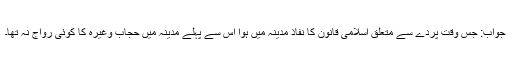
جواب: جس وقت پردے سے متعلق اسلامی قانون کا نفاذ مدینہ میں ہوا اس سے پہلے مدینہ میں حجاب وغیرہ کا کوئی رواج نہ تھا۔